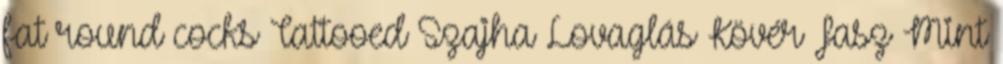
fat round cocks Tattooed Szajha Lovaglás Kövér Fasz Mint